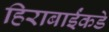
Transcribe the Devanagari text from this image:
हिराबाईंकडे